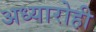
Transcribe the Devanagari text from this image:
अध्यारोही